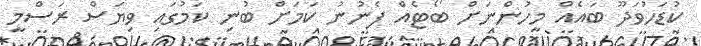
ކުޑަހުވަދޫ ބައެއް މީހުންނަށް ބޯޓެއް ފެނުނު ކަމަށް ބުނި ކަމުގައި ވިޔަސް ރަސްމީ